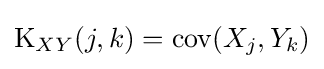
\operatorname {K} _{XY}(j,k)=\operatorname {cov} (X_{j},Y_{k})